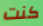
كنت